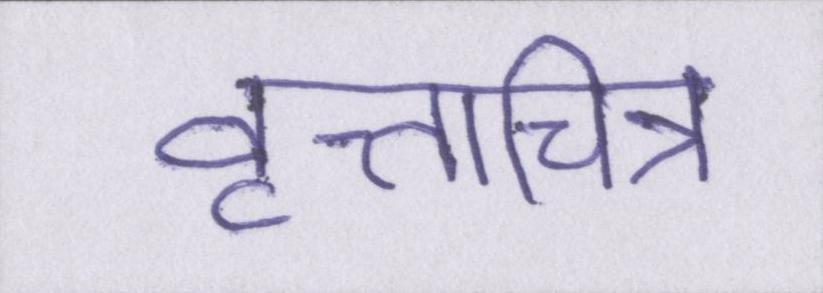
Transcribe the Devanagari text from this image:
वृत्तचित्र